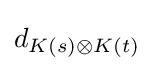
d_{K(s)\otimes K(t)}